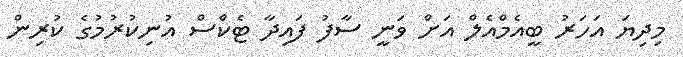
މިދިޔަ އަހަރު ބީއެމްއެލް އަށް ވަނީ ސާފު ފައިދާ ޓެކްސް އުނިކުރުމުގެ ކުރިން